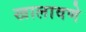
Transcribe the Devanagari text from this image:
खालावणे